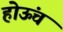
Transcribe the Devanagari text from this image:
होऊंच